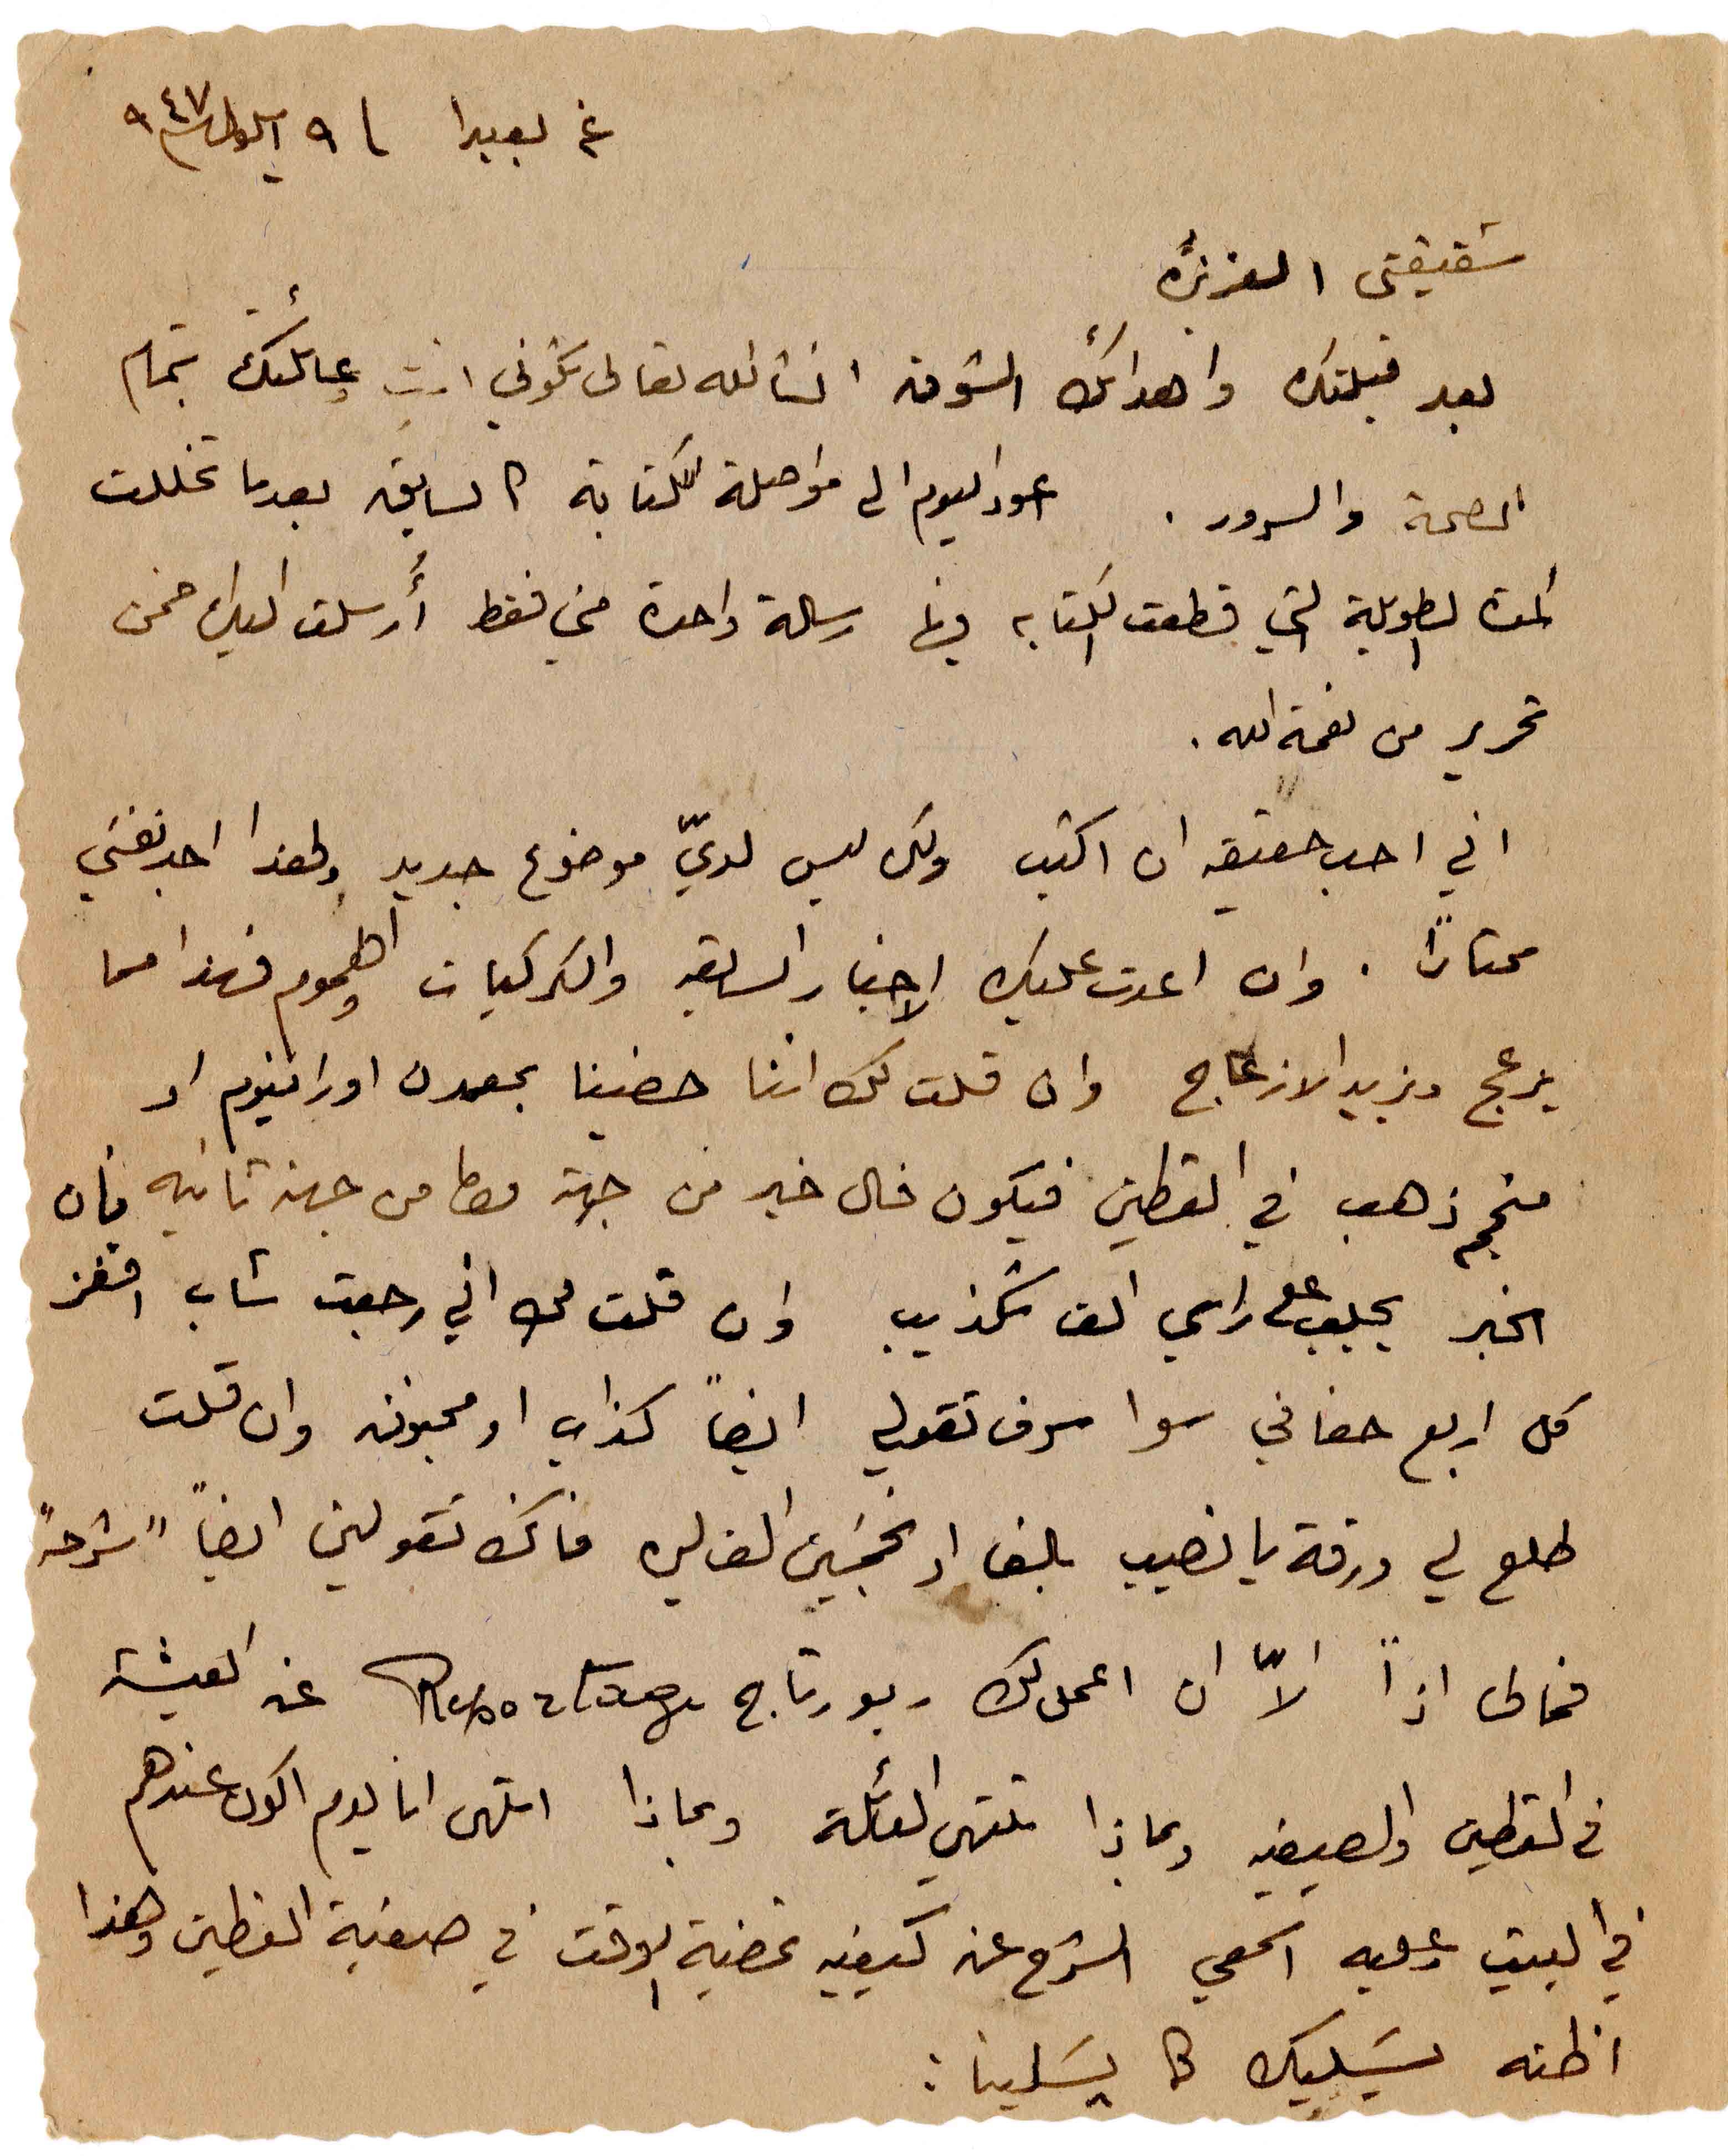
عن بعبدا ٩ ايلول ١٩٤٧
شقيقتي العزيزة
بعد قبلتك واهدائك الشوق انشالله تعالى تكوني انتِ وعائلتك بتمام
الصحة والسرور. اعود اليوم الى مواصلة الكتابة كالسابق بعدما تخللت
المدة الطويلة التي قطعت الكتابة فيها رسالة واحدة مني فقط ارسلت اليك ضمن
ضمن تحرير من نعمة الله.
اني احب حقيقة ان اكتب ولكن ليس لديّ موضوع جديد ولهذا اجد نفسي
محتاراً. وان اعدت عليك الاخبار السابقة والكركبات والهموم فهذا مما
يزعج ويزيد الازعاج  وان قلت لك اننا حضينا بمعدن اورانيوم او
منجم ذهب في القطين فيكون فال خير من جهة واما من جهة ثانية فان
الخبر يجلب  على راسي الف تكذيب وان قلت لك اني رجعت شاب اقفز
كل اربع حفافي سوا سوف تقولي ايضا كذاب او مجنون وان قلت
طلع لي ورقة يانصيب بالف او بخمسين الف ليرة فانك تقولين ايضا "شرحه"
فما لى اذاً الاّ ان اعمل لك ربورتاج Reportage عن العيشة
في القطين والصيفيه وبماذا تلتهي العائلة وبماذا التهى انا يوم اكون عندهم
في البيت وعليه اسمعي الشرح عن كيفية تمضية الوقت في صيفية القطين وهذا
اظنه يسَليك كما يسلينا: